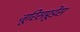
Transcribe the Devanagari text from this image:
जूरिसप्रूडेंस